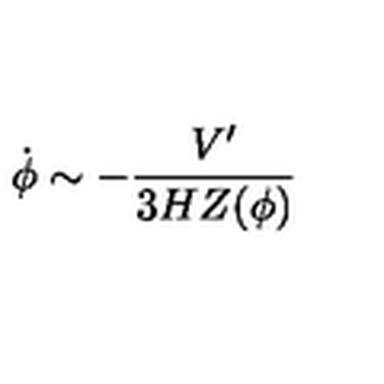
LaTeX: \dot { \phi } \sim - \frac { V ^ { \prime } } { 3 H Z ( \phi ) }